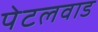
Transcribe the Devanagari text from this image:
पेटलवाड